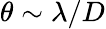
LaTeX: \theta\sim\lambda/D